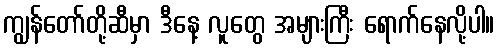
ကျွန်တော်တို့ဆီမှာ ဒီနေ့ လူတွေ အများကြီး ရောက်နေလို့ပါ။